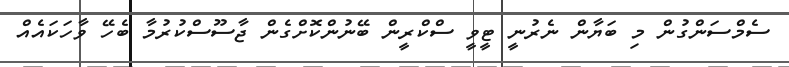
ސެމްސަންގުން މި ބަޔާން ނެރުނީ ޓީވީ ސްކްރީން ބޭނުންކޮށްގެން ޖާސޫސްކުރުމާ ބެހޭ ވާހަކައެއް